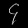
Digit: ၄